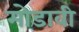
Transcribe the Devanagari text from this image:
मोडावी